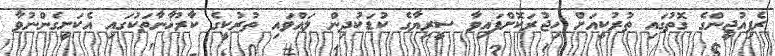
ރެފިއުޖީންގެ ގޮތުގައި ތުރުކީއަށް ހިޖުރަކޮށްފައިވާ ސީރިޔާގެ ކުޑަކުދިން ލައްވައި ތުރުކީގެ ކާރުޚާނާތަކުގައި އެކަށީގެންނުވާ